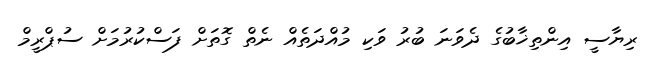
ރިޔާސީ އިންތިޚާބުގެ ދެވަނަ ބުރު ވަކި މުއްދަތެއް ނެތް ގޮތަށް ފަސްކުރުމަށް ސުޕްރީމް